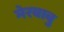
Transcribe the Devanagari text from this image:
मेरबाबु